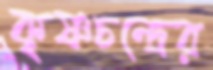
কৃষ্ণচন্দ্রের